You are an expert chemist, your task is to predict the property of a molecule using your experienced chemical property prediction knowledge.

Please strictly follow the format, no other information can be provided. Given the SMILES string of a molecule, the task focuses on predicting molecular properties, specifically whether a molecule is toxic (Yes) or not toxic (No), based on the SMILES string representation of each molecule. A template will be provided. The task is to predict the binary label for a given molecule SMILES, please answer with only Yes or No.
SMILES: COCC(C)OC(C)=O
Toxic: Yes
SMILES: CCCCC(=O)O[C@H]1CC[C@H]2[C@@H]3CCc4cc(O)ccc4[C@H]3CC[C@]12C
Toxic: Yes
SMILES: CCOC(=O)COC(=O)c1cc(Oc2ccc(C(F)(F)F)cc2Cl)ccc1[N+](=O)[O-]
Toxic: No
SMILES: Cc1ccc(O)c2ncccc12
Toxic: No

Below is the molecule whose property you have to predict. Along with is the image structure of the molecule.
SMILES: [Ca+2].[Cl-].[Cl-]
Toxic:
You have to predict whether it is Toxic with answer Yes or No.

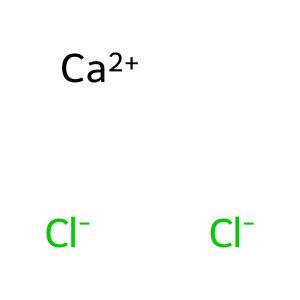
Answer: No